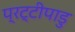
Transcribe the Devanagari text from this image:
प्रट्टीपाडु